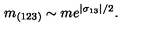
m _ { ( 1 2 3 ) } \sim m e ^ { | \sigma _ { 1 3 } | / 2 } .